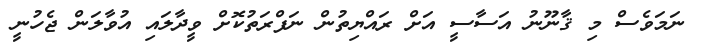
ނަމަވެސް މި ޤާނޫނު އަސާސީ އަށް ރައްޔިތުން ނަފްރަތުކޮށް ވީދާލައި އުވާލަން ޖެހުނީ